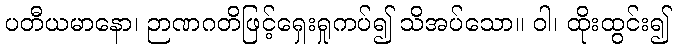
ပတီယမာနော၊ ဉာဏဂတိဖြင့်ရှေးရှုကပ်၍ သိအပ်သော။ ဝါ၊ ထိုးထွင်း၍